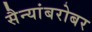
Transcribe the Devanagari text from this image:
सैन्यांबरोबर